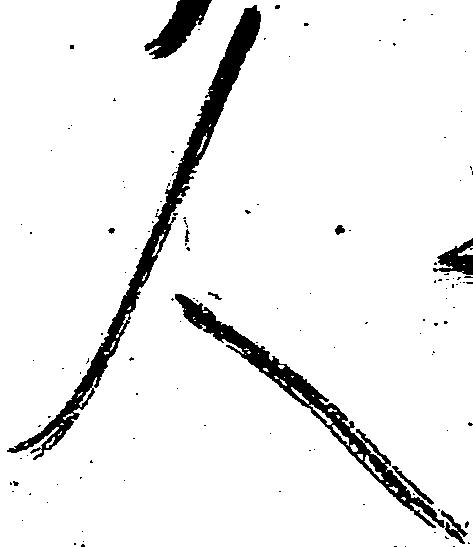
人